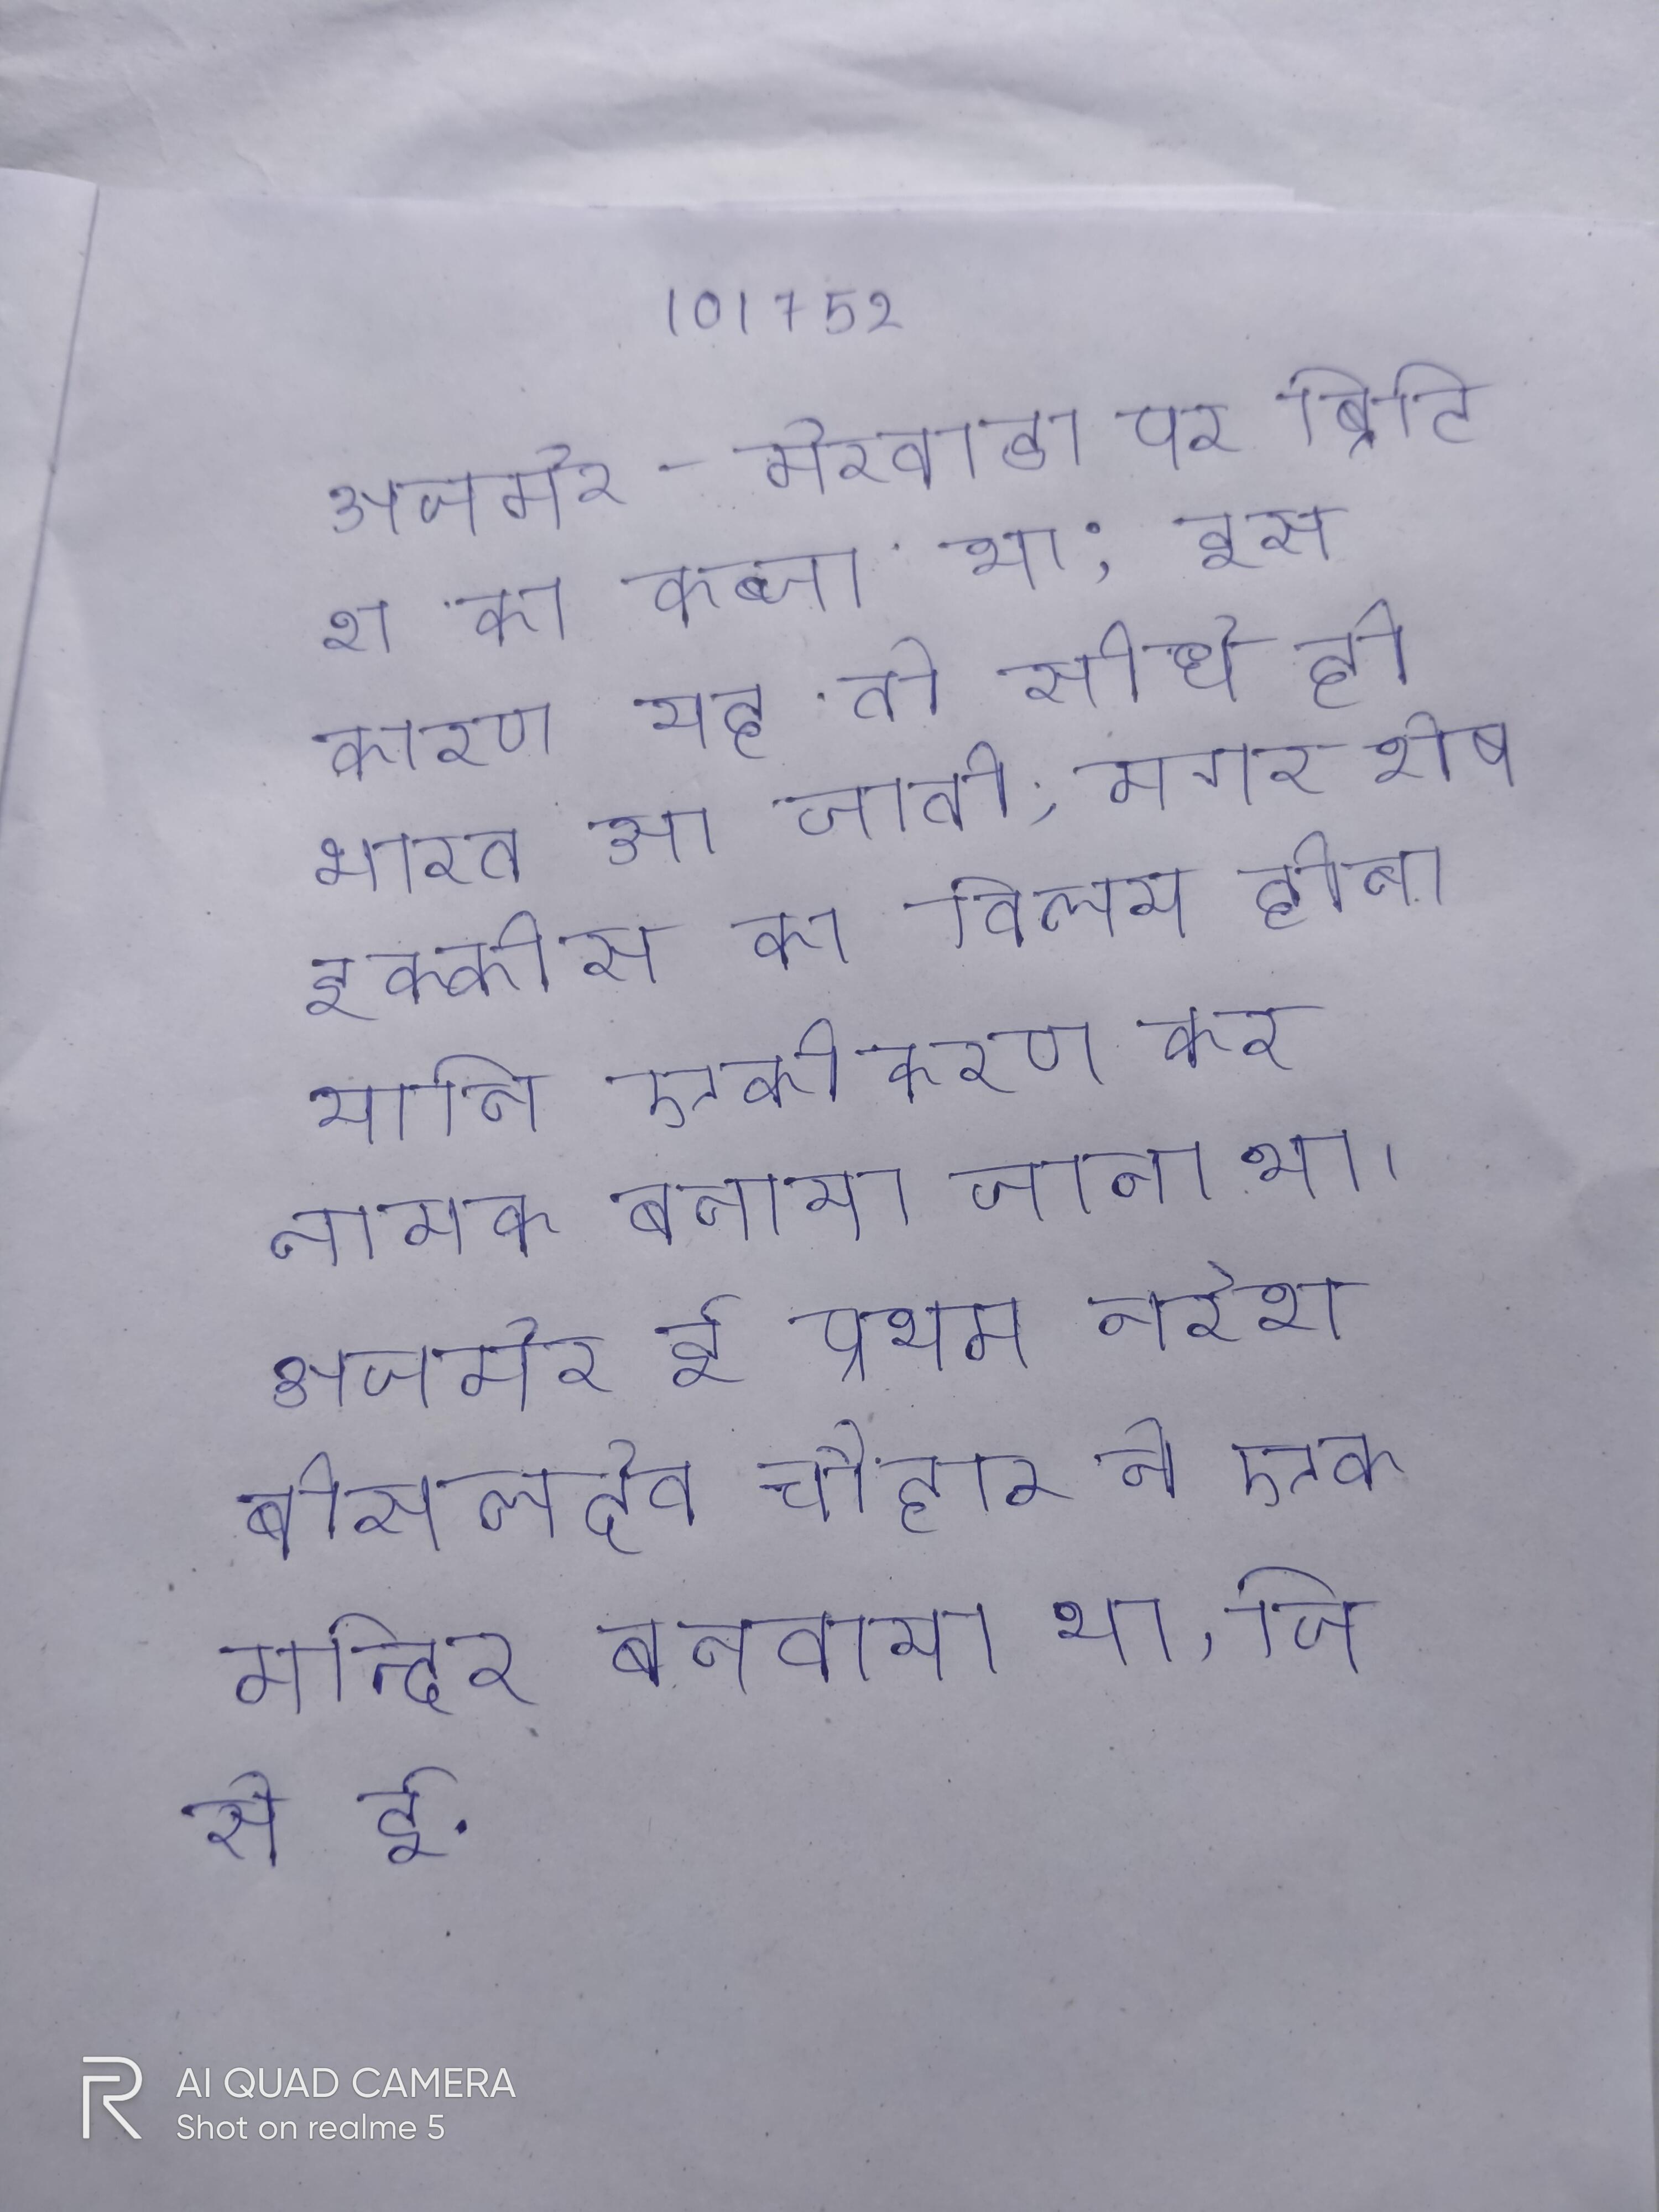
अजमेर-मेरवाडा पर ब्रिटिश का कब्जा था; इस कारण यह तो सीधे ही भारत आ जाती, मगर शेष इक्कीस का विलय होना यानि एकीकरण कर नामक बनाया जाना था । अजमेर ई प्रथम नरेश बीसलदेव चौहान ने एक मन्दिर बनवाया था, जिसे ई.